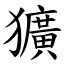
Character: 獷